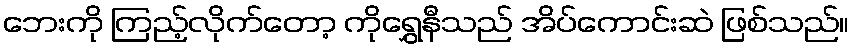
ဘေးကို ကြည့်လိုက်တော့ ကိုရွှေနီသည် အိပ်ကောင်းဆဲ ဖြစ်သည်။